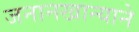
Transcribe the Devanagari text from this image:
जनानखान्याने